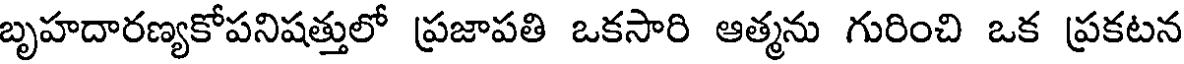
బృహదారణ్యకోపనిషత్తులో ప్రజాపతి ఒకసారి ఆత్మను గురించి ఒక ప్రకటన